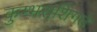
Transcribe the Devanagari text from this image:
कुम्भराशिगते